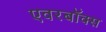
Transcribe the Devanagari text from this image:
एवरबॉक्स